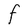
Character: F